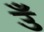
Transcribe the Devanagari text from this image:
उँ